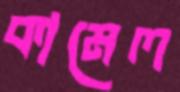
কামেল